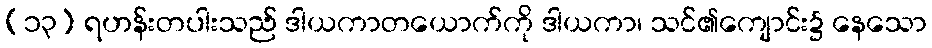
(၁၃) ရဟန်းတပါးသည် ဒါယကာတယောက်ကို ဒါယကာ၊ သင်၏ကျောင်း၌ နေသော